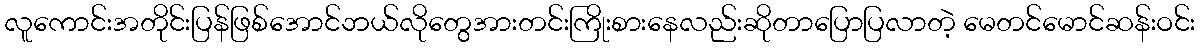
လူကောင်းအတိုင်းပြန်ဖြစ်အောင်ဘယ်လိုတွေအားတင်းကြိုးစားနေလည်းဆိုတာပြောပြလာတဲ့ မေတင်မောင်ဆန်းဝင်း